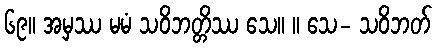
၆၉။ အမှဿ မမံ သဝိဘတ္တိဿ သေ။ ။ သေ- သဝိဘတ်